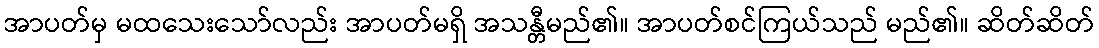
အာပတ်မှ မထသေးသော်လည်း အာပတ်မရှိ အသန္တီမည်၏။ အာပတ်စင်ကြယ်သည် မည်၏။ ဆိတ်ဆိတ်